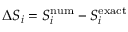
\Delta S _ { i } = S _ { i } ^ { \mathrm { n u m } } - S _ { i } ^ { \mathrm { e x a c t } }